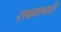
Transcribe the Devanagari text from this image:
राबवणारी